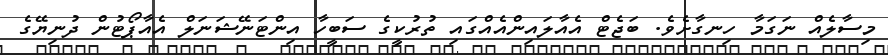
މިސާލެއް ނަގަމާ ހިނގާށެވެ. ބަޖެޓް އެއާލައިންއެއްގައި ތުރުކީގެ ސަބީހާ އިންޓަނޭޝަނަލް އެއާޕޯޓުން ދުނިޔޭގެ